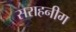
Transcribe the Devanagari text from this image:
सराहनीग